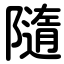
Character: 隨